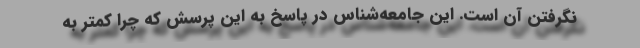
نگرفتن آن است. این جامعه‌شناس در پاسخ به این پرسش که چرا کمتر به